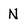
Character: N